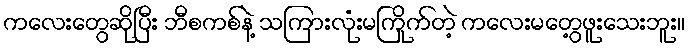
ကလေးတွေဆိုပြီး ဘီစကစ်နဲ့ သကြားလုံးမကြိုက်တဲ့ ကလေးမတွေ့ဖူးသေးဘူး။